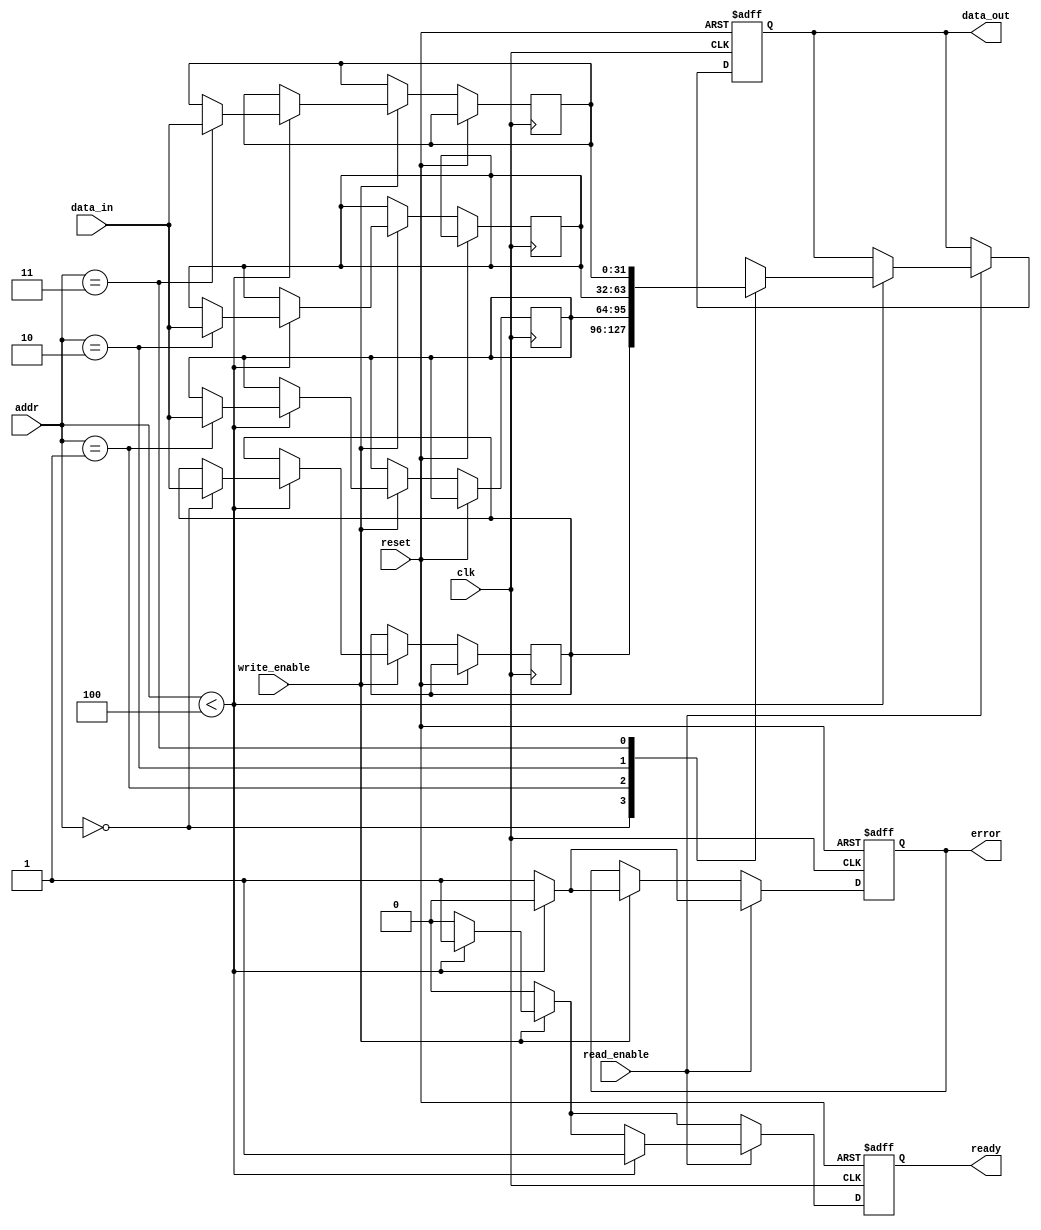
module IO_Block_Distributed_Memory #(
    parameter DATA_WIDTH = 32,
    parameter NUM_BLOCKS = 4,
    parameter ADDR_WIDTH = $clog2(NUM_BLOCKS)
)(
    input  wire clk,
    input  wire reset,
    
    // External Interface
    input  wire [ADDR_WIDTH-1:0] addr,
    input  wire [DATA_WIDTH-1:0] data_in,
    output reg [DATA_WIDTH-1:0] data_out,
    input  wire read_enable,
    input  wire write_enable,
    
    // Status signals
    output reg ready,
    output reg error
);

// Memory blocks
reg [DATA_WIDTH-1:0] memory [0:NUM_BLOCKS-1];

// Control Logic
always @(posedge clk or posedge reset) begin
    if (reset) begin
        data_out   <= 0;
        ready      <= 0;
        error      <= 0;
    end else begin
        ready <= 0; // Default to not ready

        if (write_enable) begin
            if (addr < NUM_BLOCKS) begin
                memory[addr] <= data_in; // Write to memory
                ready <= 1;
                error <= 0;
            end else begin
                error <= 1; // Invalid address
            end
        end

        if (read_enable) begin
            if (addr < NUM_BLOCKS) begin
                data_out <= memory[addr]; // Read from memory
                ready <= 1;
                error <= 0;
            end else begin
                error <= 1; // Invalid address
            end
        end
    end
end

// Error Handling and data integrity logic can be added here
// For example, parity checking, ECC, etc.

endmodule